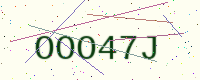
Text: OOO47J